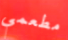
مطعمي